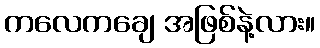
ကလေကချေ အဖြစ်နဲ့လား။